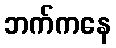
ဘက်ကနေ